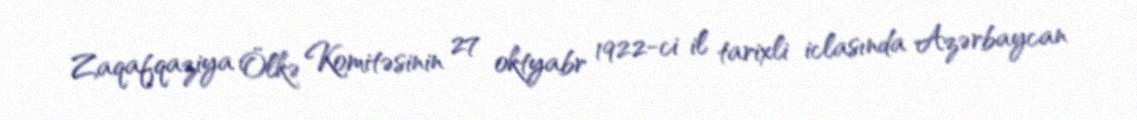
Zaqafqaziya Ölkə Komitəsinin 27 oktyabr 1922-ci il tarixli iclasında Azərbaycan